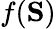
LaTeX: f(\mathbf{S})